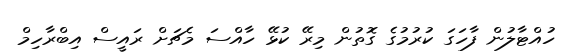
ހުއްޓާލުން ފާހަގަ ކުރުމުގެ ގޮތުން މިރޭ ކުޅޭ ހާއްސަ މެޗަށް ރައީސް އިބްރާހިމް